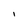
Character: 1